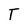
Character: T